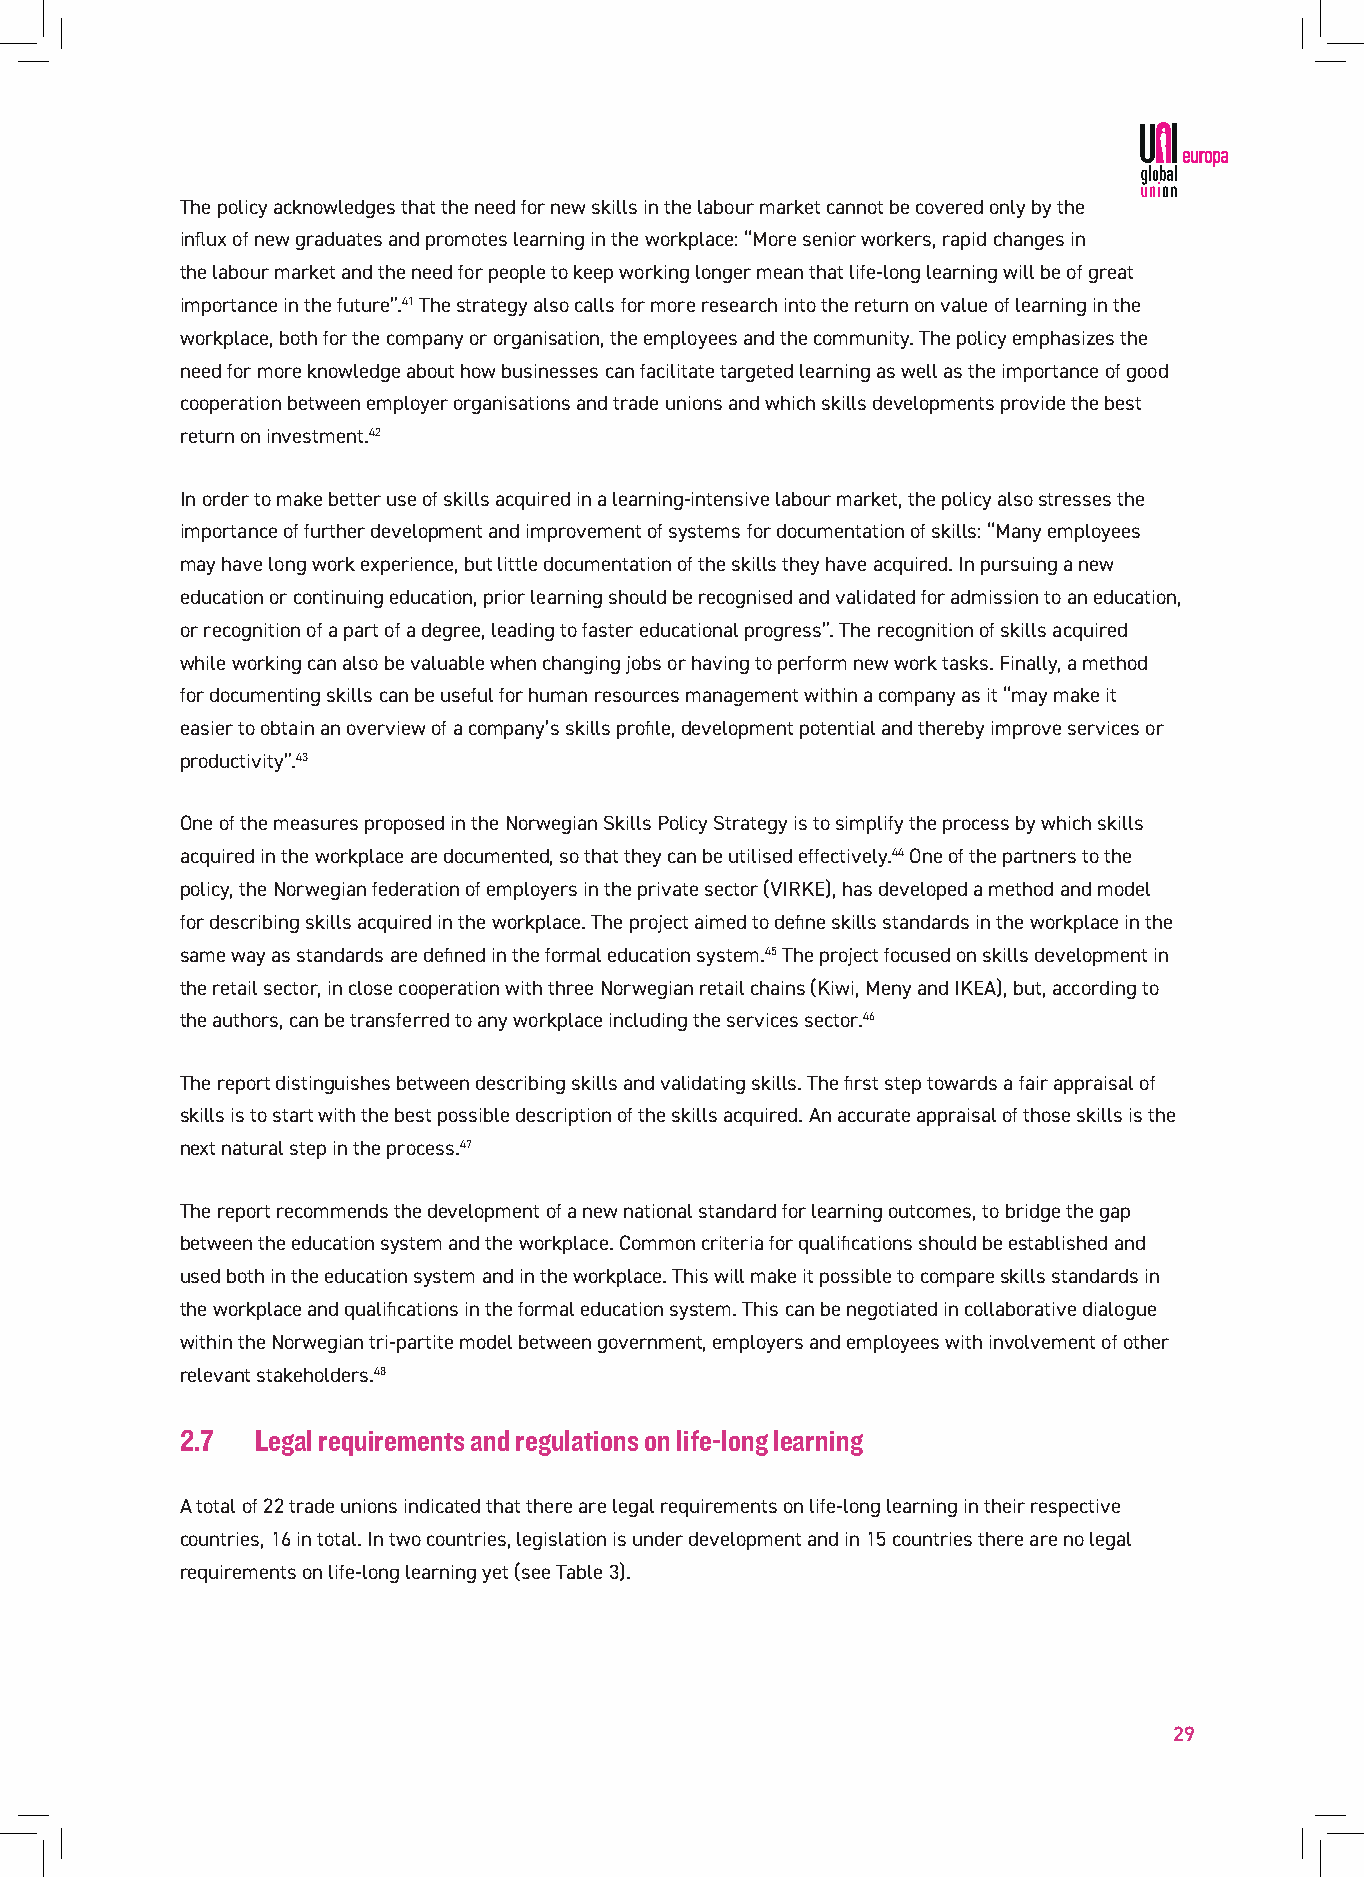
The policy acknowledges that the need for new skills in the labour market cannot be covered only by the
 influx of new graduates and promotes learning in the workplace: “More senior workers, rapid changes in
 the labour market and the need for people to keep working longer mean that life-long learning will be of great
 importance in the future”.41 The strategy also calls for more research into the return on value of learning in the
 workplace, both for the company or organisation, the employees and the community. The policy emphasizes the
 need for more knowledge about how businesses can facilitate targeted learning as well as the importance of good
 cooperation between employer organisations and trade unions and which skills developments provide the best
 return on investment.42
 In order to make better use of skills acquired in a learning-intensive labour market, the policy also stresses the
 importance of further development and improvement of systems for documentation of skills: “Many employees
 may have long work experience, but little documentation of the skills they have acquired. In pursuing a new
 education or continuing education, prior learning should be recognised and validated for admission to an education,
 or recognition of a part of a degree, leading to faster educational progress”. The recognition of skills acquired
 while working can also be valuable when changing jobs or having to perform new work tasks. Finally, a method
 for documenting skills can be useful for human resources management within a company as it “may make it
 easier to obtain an overview of a company’s skills profile, development potential and thereby improve services or
 productivity”.43
 One of the measures proposed in the Norwegian Skills Policy Strategy is to simplify the process by which skills
 acquired in the workplace are documented, so that they can be utilised effectively.44 One of the partners to the
 policy, the Norwegian federation of employers in the private sector (VIRKE), has developed a method and model
 for describing skills acquired in the workplace. The project aimed to define skills standards in the workplace in the
 same way as standards are defined in the formal education system.45 The project focused on skills development in
 the retail sector, in close cooperation with three Norwegian retail chains (Kiwi, Meny and IKEA), but, according to
 the authors, can be transferred to any workplace including the services sector.46
 The report distinguishes between describing skills and validating skills. The first step towards a fair appraisal of
 skills is to start with the best possible description of the skills acquired. An accurate appraisal of those skills is the
 next natural step in the process.47
 The report recommends the development of a new national standard for learning outcomes, to bridge the gap
 between the education system and the workplace. Common criteria for qualifications should be established and
 used both in the education system and in the workplace. This will make it possible to compare skills standards in
 the workplace and qualifications in the formal education system. This can be negotiated in collaborative dialogue
 within the Norwegian tri-partite model between government, employers and employees with involvement of other
 relevant stakeholders.48
 2.7  Legal requirements and regulations on life-long learning
 A total of 22 trade unions indicated that there are legal requirements on life-long learning in their respective
 countries, 16 in total. In two countries, legislation is under development and in 15 countries there are no legal
 requirements on life-long learning yet (see Table 3).
 29